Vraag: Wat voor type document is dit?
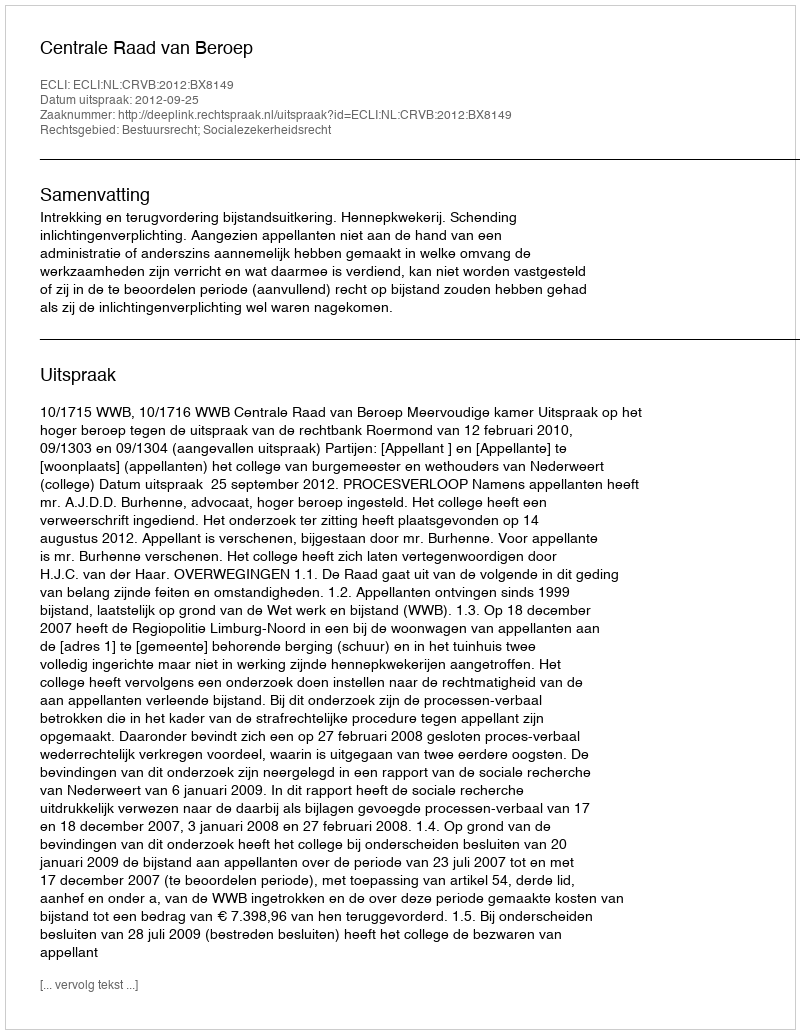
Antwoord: Uitspraak